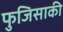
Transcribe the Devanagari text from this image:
फुजिसाकी